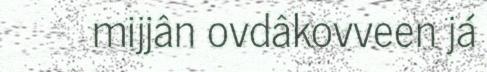
mijjân ovdâkovveen já